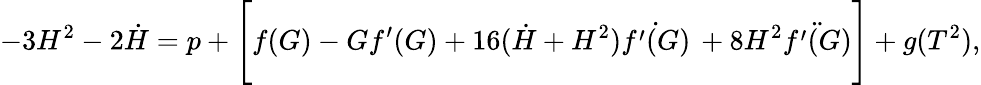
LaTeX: -3H^{2}-2\dot{H}=p+\Bigg[f(G)-Gf^{\prime}(G)+16(\dot{H}+H^{2})\dot{f^{\prime}(G)}\, +8H^{2}\ddot{f^{\prime}(G)}\Bigg]+g(T^{2}),